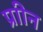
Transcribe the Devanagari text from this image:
प्राीन